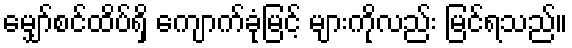
မျှော်စင်ထိပ်ရှိ ကျောက်ခုံမြင့် များကိုလည်း မြင်ရသည်။